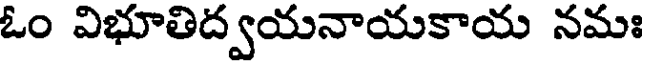
ఓం విభూతిద్వయనాయకాయ నమః